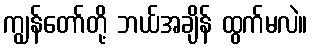
ကျွန်တော်တို့ ဘယ်အချိန် ထွက်မလဲ။